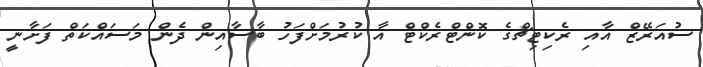
ސުއަރޭޒް އާއި ރެކިޓިޗްގެ ކޮންޓްރެކްޓް އާ ކުރުމަށްފަހު ބާސާއިން ދެން މަސައްކަތް ފަށާނީ